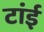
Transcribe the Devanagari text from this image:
टांई